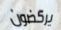
يركضون